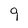
Character: 9